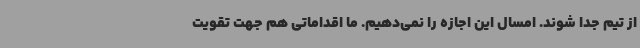
از تیم جدا شوند. امسال این اجازه را نمی‌دهیم. ما اقداماتی هم جهت تقویت